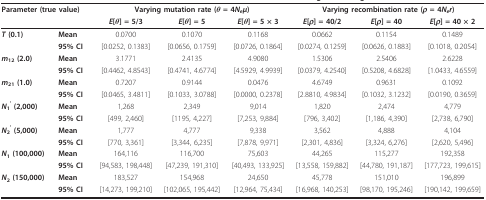
<table><thead><tr><td colspan="2"><b>Parameter (true value)</b></td><td colspan="3"><b>Varying mutation rate (<i>θ </i>= 4<i>N<sub>e</sub>μ</i>)</b></td><td colspan="3"><b>Varying recombination rate (<i>ρ </i>= 4<i>N<sub>e</sub>r</i>)</b></td></tr><tr><td></td><td></td><td><b><i>E</i>[<i>θ</i>] = 5/3</b></td><td><b><i>E</i>[<i>θ</i>] = 5</b></td><td><b><i>E</i>[<i>θ</i>] = 5 × 3</b></td><td><b><i>E</i>[<i>ρ</i>] = 40/2</b></td><td><b><i>E</i>[<i>ρ</i>] = 40</b></td><td><b><i>E</i>[<i>ρ</i>] = 40 × 2</b></td></tr></thead><tbody><tr><td><b><i>T </i>(0.1)</b></td><td><b>Mean</b></td><td>0.0700</td><td>0.1070</td><td>0.1168</td><td>0.0662</td><td>0.1154</td><td>0.1489</td></tr><tr><td></td><td><b>95% CI</b></td><td>[0.0252, 0.1383]</td><td>[0.0656, 0.1759]</td><td>[0.0726, 0.1864]</td><td>[0.0274, 0.1259]</td><td>[0.0626, 0.1883]</td><td>[0.1018, 0.2054]</td></tr><tr><td><b><i>m</i><sub>12 </sub>(2.0)</b></td><td><b>Mean</b></td><td>3.1771</td><td>2.4135</td><td>4.9080</td><td>1.5306</td><td>2.5406</td><td>2.6228</td></tr><tr><td></td><td><b>95% CI</b></td><td>[0.4462, 4.8543]</td><td>[0.4741, 4.6774]</td><td>[4.5929, 4.9939]</td><td>[0.0379, 4.2540]</td><td>[0.5208, 4.6828]</td><td>[1.0433, 4.6559]</td></tr><tr><td><b><i>m</i><sub>21 </sub>(1.0)</b></td><td><b>Mean</b></td><td>0.7207</td><td>0.9144</td><td>0.0476</td><td>4.6749</td><td>0.9631</td><td>0.1092</td></tr><tr><td></td><td><b>95% CI</b></td><td>[0.0465, 3.4811]</td><td>[0.1033, 3.0788]</td><td>[0.0000, 0.2378]</td><td>[2.8810, 4.9834]</td><td>[0.1032, 3.1232]</td><td>[0.0190, 0.3659]</td></tr><tr><td><b><i>N</i><sub>1</sub><sup>&#x27; </sup>(2,000)</b></td><td><b>Mean</b></td><td>1,268</td><td>2,349</td><td>9,014</td><td>1,820</td><td>2,474</td><td>4,779</td></tr><tr><td></td><td><b>95% CI</b></td><td>[499, 2,460]</td><td>[1195, 4,227]</td><td>[7,253, 9,884]</td><td>[796, 3,402]</td><td>[1,186, 4,390]</td><td>[2,738, 6,790]</td></tr><tr><td><b><i>N</i><sub>2</sub><sup>&#x27; </sup>(5,000)</b></td><td><b>Mean</b></td><td>1,777</td><td>4,777</td><td>9,338</td><td>3,562</td><td>4,888</td><td>4,104</td></tr><tr><td></td><td><b>95% CI</b></td><td>[770, 3,361]</td><td>[3,344, 6,235]</td><td>[7,878, 9,971]</td><td>[2,301, 4,836]</td><td>[3,324, 6,276]</td><td>[2,620, 5,496]</td></tr><tr><td><b><i>N</i><sub>1 </sub>(100,000)</b></td><td><b>Mean</b></td><td>164,116</td><td>116,700</td><td>75,603</td><td>44,265</td><td>115,277</td><td>192,358</td></tr><tr><td></td><td><b>95% CI</b></td><td>[94,583, 198,448]</td><td>[47,239, 191,310]</td><td>[40,493, 133,925]</td><td>[13,558, 159,882]</td><td>[44,780, 191,187]</td><td>[177,723, 199,615]</td></tr><tr><td><b><i>N</i><sub>2 </sub>(150,000)</b></td><td><b>Mean</b></td><td>183,527</td><td>154,968</td><td>24,650</td><td>45,778</td><td>151,010</td><td>196,899</td></tr><tr><td></td><td><b>95% CI</b></td><td>[14,273, 199,210]</td><td>[102,065, 195,442]</td><td>[12,964, 75,434]</td><td>[16,968, 140,253]</td><td>[98,170, 195,246]</td><td>[190,142, 199,659]</td></tr></tbody></table>